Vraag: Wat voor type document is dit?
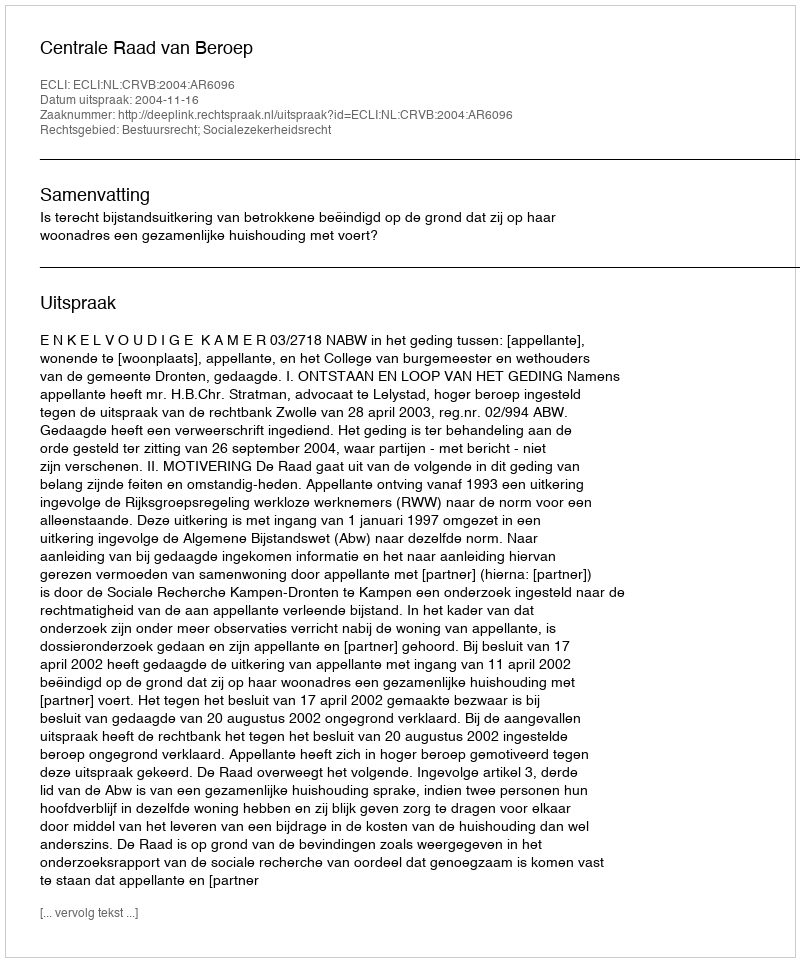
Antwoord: Uitspraak